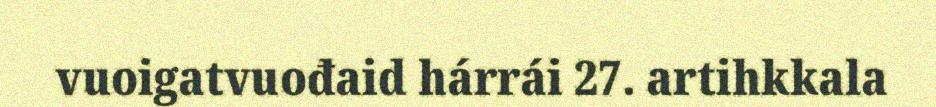
vuoigatvuođaid hárrái 27. artihkkala